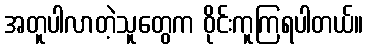
အတူပါလာတဲ့သူတွေက ဝိုင်းကူကြရပါတယ်။